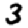
Digit: 3